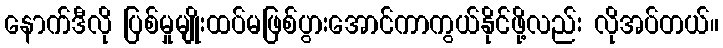
နောက်ဒီလို ပြစ်မှုမျိုးထပ်မဖြစ်ပွားအောင်ကာကွယ်နိုင်ဖို့လည်း လိုအပ်တယ်။